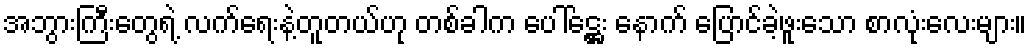
အဘွားကြီးတွေရဲ့ လက်ရေးနဲ့တူတယ်ဟု တစ်ခါက ပေါ်ဋ္ဌေး နောက် ပြောင်ခဲ့ဖူးသော စာလုံးလေးများ။